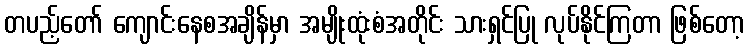
တပည့်တော် ကျောင်းနေစအချိန်မှာ အမျိုးထုံးစံအတိုင်း သားရှင်ပြု လုပ်နိုင်ကြတာ ဖြစ်တော့